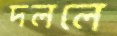
দললে